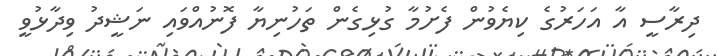
ދިރާސީ އާ އަހަރުގެ ކިޔެވުން ފެށުމާ ގުޅިގެން ތަހުނިޔާ ފޮނުއްވައި ނަޝީދު ވިދާޅުވީ